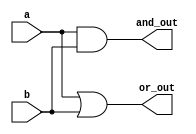
module simple_continuous_assignment (
    input wire a,      // Input signal a
    input wire b,      // Input signal b
    output wire and_out, // Output of AND gate
    output wire or_out   // Output of OR gate
);

// Continuous assignment for AND operation
assign and_out = a & b; // and_out is continuously assigned the result of a AND b

// Continuous assignment for OR operation
assign or_out = a | b;  // or_out is continuously assigned the result of a OR b

endmodule